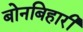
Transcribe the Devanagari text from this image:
बोनबिहारी